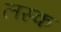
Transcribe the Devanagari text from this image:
लस्क